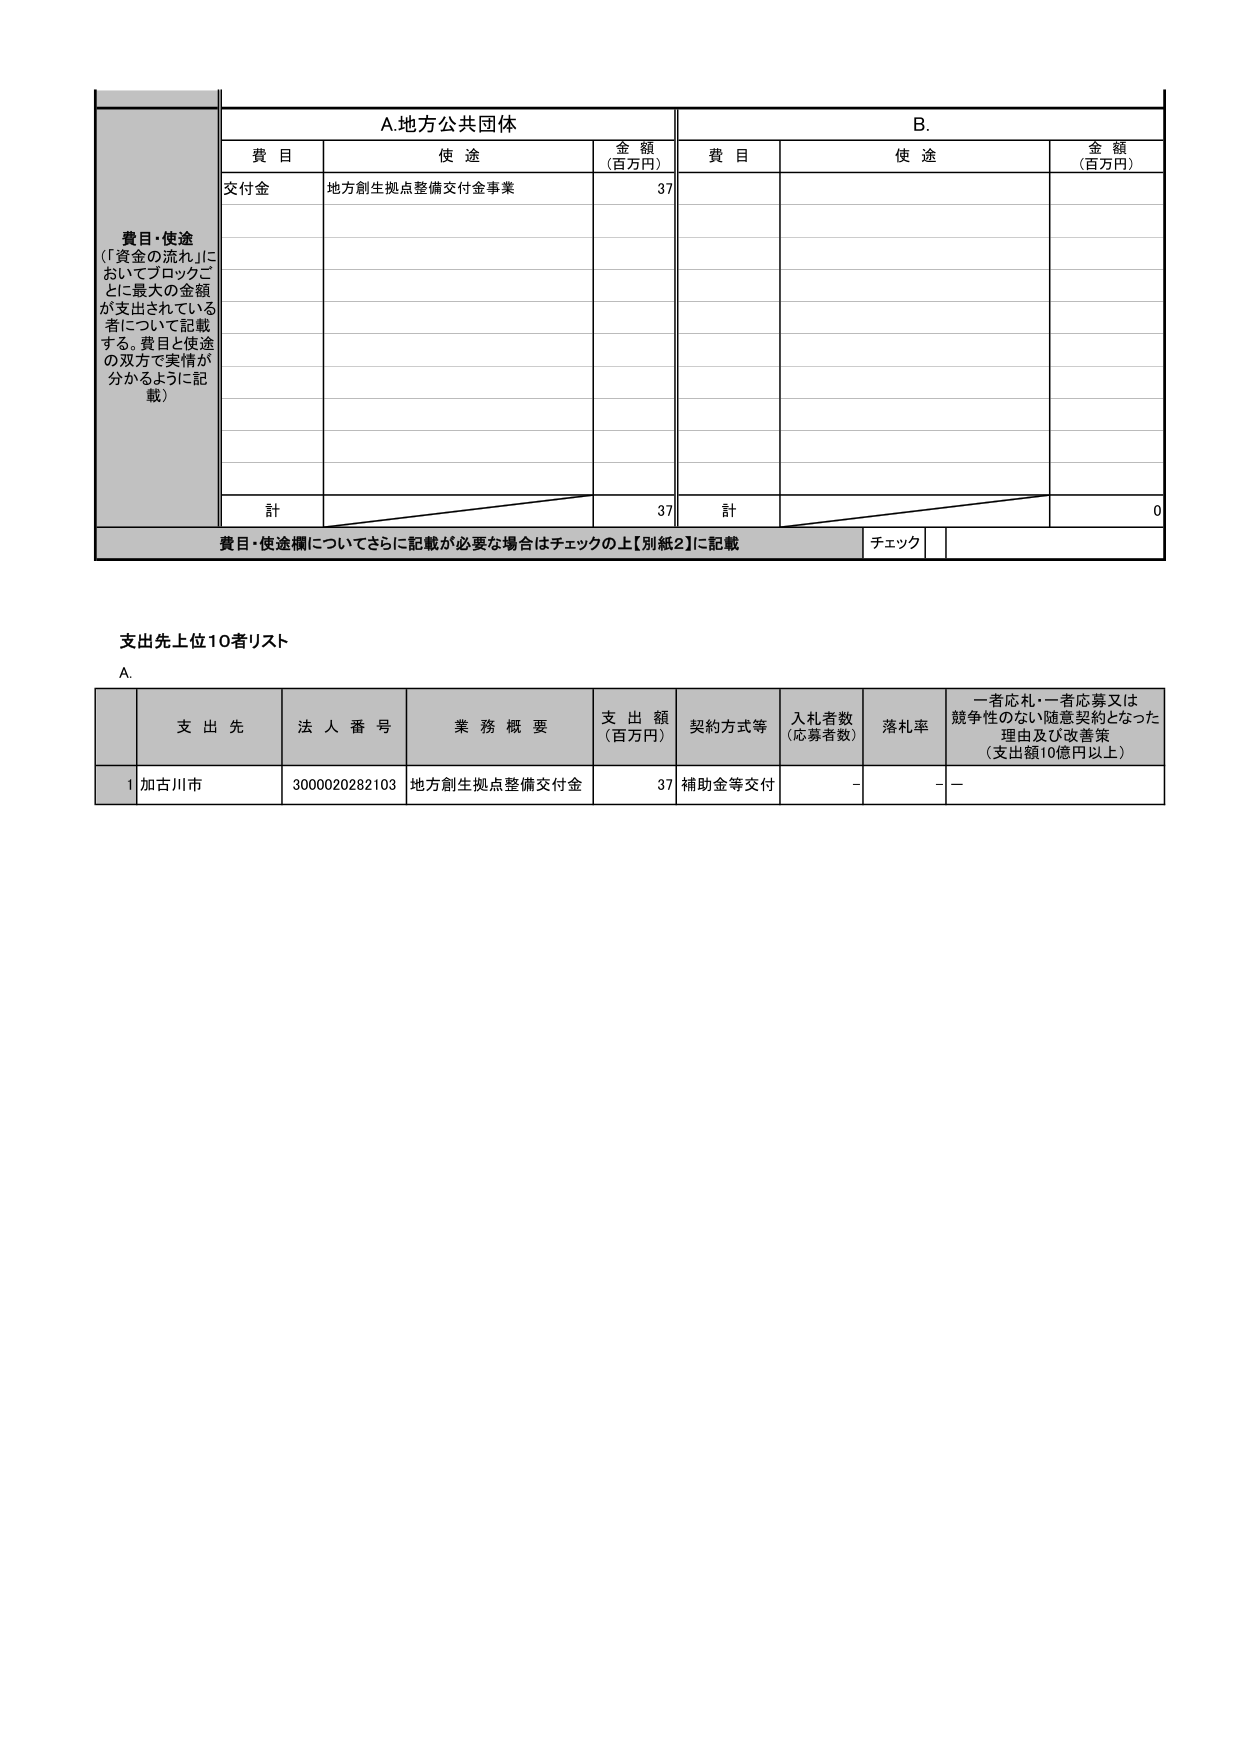
費目・使途
（「資金の流れ」においてブロックごとに最大の金額が支出されている者について記載する。費目と使途の双方で実情が分かるように記載）

A.地方公共団体
費目 使途 金額（百万円）
交付金 地方創生拠点整備交付金事業 37
計 37

B.
費目 使途 金額（百万円）
計 0

費目・使途欄についてさらに記載が必要な場合はチェックの上【別紙2】に記載
チェック

支出先上位10者リスト
A.
支出先 法人番号 業務概要 支出額（百万円） 契約方式等 入札者数（応募者数） 落札率 一者応札・一者応募又は競争性のない随意契約となった理由及び改善策（支出額10億円以上）
1 加古川市 3000020282103 地方創生拠点整備交付金 37 補助金等交付 - - -